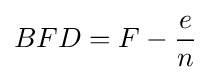
BFD=F-{e \over n}